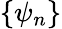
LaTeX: \{ \psi_{n}\}